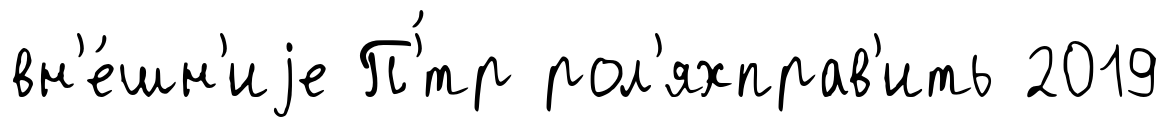
вн'е́шн'иjе П'́тр рол'яхправ'ить 2019